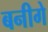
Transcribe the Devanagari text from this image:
बनीगे